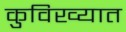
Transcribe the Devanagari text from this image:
कुविख्यात